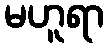
မဟူရာ